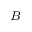
{ _ B }